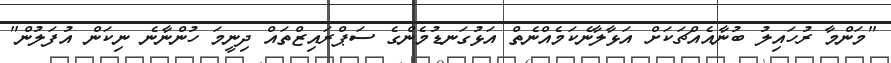
"މަންމާ ރުހައިލު ބުނާއެއްޗަކަށް އަޅާލާނެކަމެއްނެތް އަޅުގަނޑުމެންގެ ސަޕްރައިޒްތައް ދިނީމަ ހުންނާނެ ނިކަން އުފަލުން"